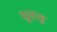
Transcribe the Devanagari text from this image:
सुरन्ह